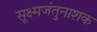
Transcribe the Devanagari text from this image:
सूक्ष्मजंतुनाशक